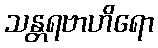
သန္တရဗာဟိရော